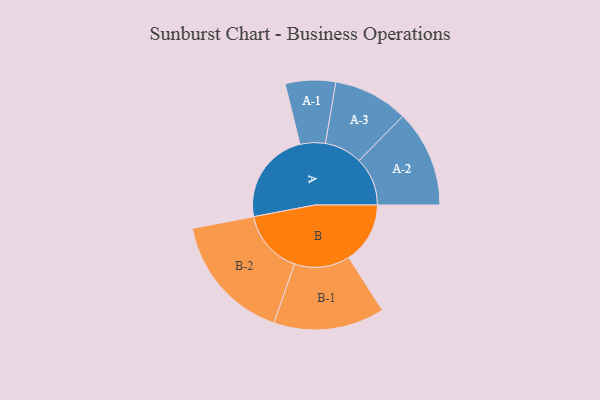
{"axis": {"x": "Segment", "y": "Value"}, "legend": ["", "A", "B"], "data": [{"x": "A", "y": 426, "type": ""}, {"x": "B", "y": 281, "type": ""}, {"x": "A-1", "y": 115, "type": "A"}, {"x": "A-2", "y": 222, "type": "A"}, {"x": "A-3", "y": 172, "type": "A"}, {"x": "B-1", "y": 254, "type": "B"}, {"x": "B-2", "y": 294, "type": "B"}]}